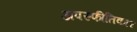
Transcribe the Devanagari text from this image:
अपस्फीतिकार